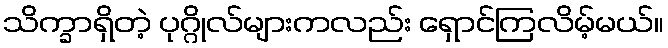
သိက္ခာရှိတဲ့ ပုဂ္ဂိုလ်များကလည်း ရှောင်ကြလိမ့်မယ်။